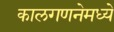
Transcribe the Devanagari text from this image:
कालगणनेमध्ये